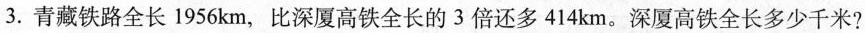
3.青藏铁路全长1956km，比深厦高铁全长的3倍还多414km。深厦高铁全长多少千米?